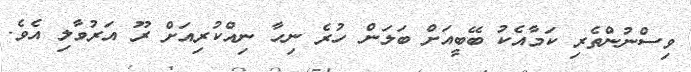
ވިސްނުންތެރި ކަމާއެކު ބޭބީއަށް ބަލަން ހުރެ ނިހާ ނިއްކުރިއަށް ރޫ އަރުވާލި އެވެ.